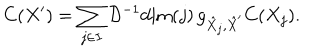
C ( X ^ { \prime } ) = \sum _ { j \in I } \mathcal { D } ^ { - 1 } \mathrm { d i m } ( j ) \, g _ { \hat { X } _ { j } , \hat { X } ^ { \prime } } C ( X _ { j } ) .